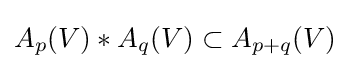
A_{p}(V)\ast A_{q}(V)\subset A_{p+q}(V)